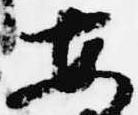
安